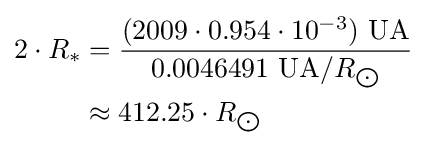
{\begin{aligned}2\cdot R_{*}&={\frac {(2009\cdot 0.954\cdot 10^{-3})\ {\text{UA}}}{0.0046491\ {\text{UA}}/R_{\bigodot }}}\\&\approx 412.25\cdot R_{\bigodot }\end{aligned}}